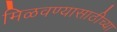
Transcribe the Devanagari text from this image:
मिळवण्यासाठीच्या